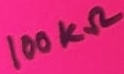
Text: 100KΩ